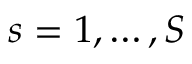
s = 1 , \ldots , S